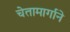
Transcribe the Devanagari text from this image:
चेतामार्गाने